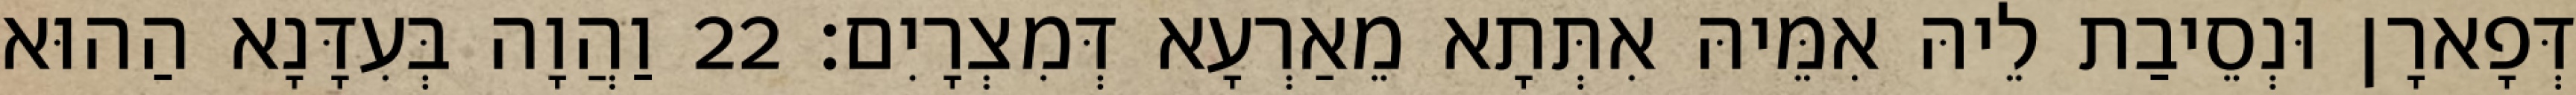
דְּפָארָן וּנְסֵיבַת לֵיהּ אִמֵּיהּ אִתְּתָא מֵאַרְעָא דְּמִצְרָיִם׃ 22 וַהֲוָה בְּעִדָּנָא הַהוּא